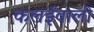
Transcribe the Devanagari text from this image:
कलईवाली